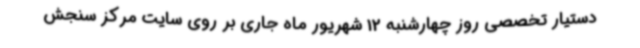
دستیار تخصصی روز چهارشنبه 12 شهریور ماه جاری بر روی سایت مرکز سنجش